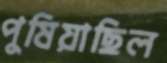
পুষিয়াছিল